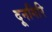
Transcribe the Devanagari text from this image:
दूनगिरि